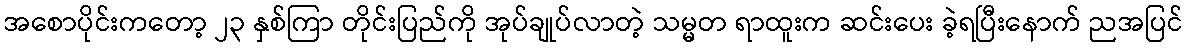
အစောပိုင်းကတော့ ၂၃ နှစ်ကြာ တိုင်းပြည်ကို အုပ်ချုပ်လာတဲ့ သမ္မတ ရာထူးက ဆင်းပေး ခဲ့ရပြီးနောက် ညအပြင်